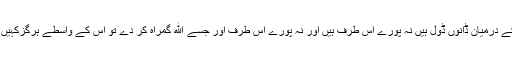
کفر اور ایمان کے درمیان ڈانوں ڈول ہیں نہ پورے اس طرف ہیں اور نہ پورے اس طرف اور جسے الله گمراہ کر دے تو اس کے واسطے ہرگزکہیں راہ نہ پائے گا۔